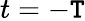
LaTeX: t=-\mathtt{T}